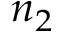
n _ { 2 }